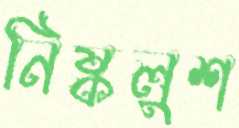
নিষ্কলুশ